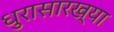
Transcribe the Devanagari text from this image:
धुरासारख्या